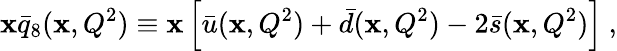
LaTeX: \mathbf{x}\bar{{q}}_{8}(\mathbf{x},Q^{2})\equiv\mathbf{x}\left[\bar{{u}}(\mathbf{x},Q^{2})+\bar{{d}}(\mathbf{x},Q^{2})-2\bar{{s}}(\mathbf{x},Q^{2})\right]\ ,